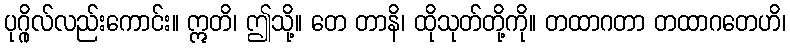
ပုဂ္ဂိုလ်လည်းကောင်း။ ဣတိ၊ ဤသို့။ တေ တာနိ၊ ထိုသုတ်တို့ကို။ တထာဂတာ တထာဂတေဟိ၊